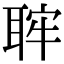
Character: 𦕵